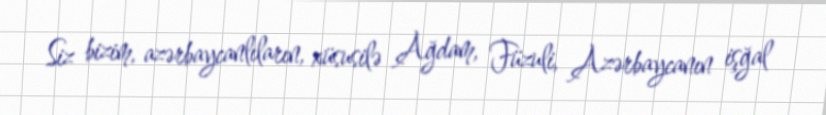
Siz bizim, azərbaycanlıların, xüsusilə Ağdam, Füzuli, Azərbaycanın işğal